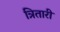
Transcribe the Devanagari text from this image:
त्रितारी